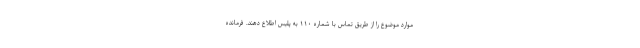
موارد موضوع را از طریق تماس با شماره ۱۱۰ به پلیس اطلاع دهند. فرمانده